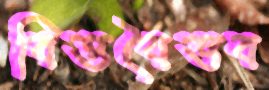
বিত্তবৈভব